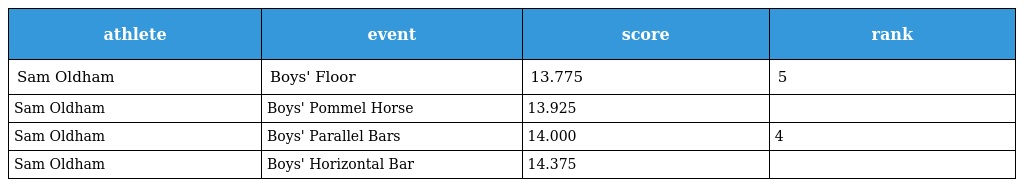
| athlete | event | score | rank |
 | --- | --- | --- | --- |
 | Sam Oldham | Boys' Floor | 13.775 | 5 |
 | Sam Oldham | Boys' Pommel Horse | 13.925 |  |
 | Sam Oldham | Boys' Parallel Bars | 14.000 | 4 |
 | Sam Oldham | Boys' Horizontal Bar | 14.375 |  |